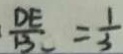
\frac { D E } { B C } = \frac { 1 } { 3 }